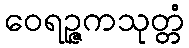
ဝေရဉ္ဇကသုတ္တံ